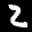
Label: 2